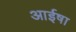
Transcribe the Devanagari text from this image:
आईषा